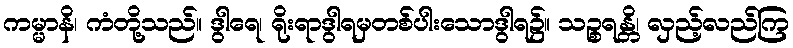
ကမ္မာနိ၊ ကံတို့သည်။ ဒွါရေ၊ ရိုးရာဒွါရမှတစ်ပါးသောဒွါရ၌။ သဉ္စရန္တိ၊ လှည့်လည်ကြ